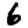
Digit: 6